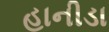
હાનીડા